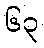
၆၃